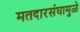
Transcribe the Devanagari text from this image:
मतदारसंघामुळे